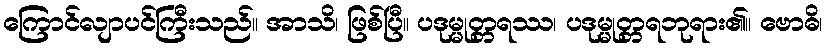
ကြောင်လျာပင်ကြီးသည်။ အာသိ၊ ဖြစ်ပြီ။ ပဒုမ္မုတ္တရဿ၊ ပဒုမ္မုတ္တရဘုရား၏။ ဗောဓိ၊